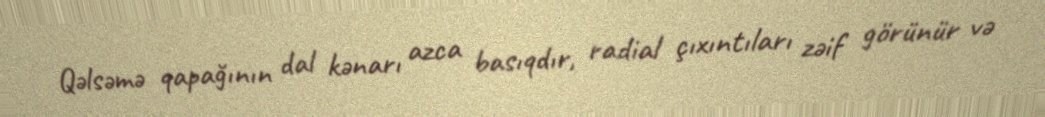
Qəlsəmə qapağının dal kənarı azca basıqdır, radial çıxıntıları zəif görünür və